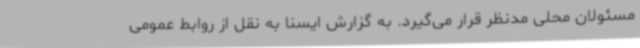
مسئولان محلی مدنظر قرار می‌گیرد. به گزارش ایسنا به نقل از روابط عمومی